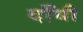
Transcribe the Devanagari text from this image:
दाँधी